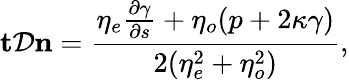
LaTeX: \mathbf{t}\mathcal{D}\mathbf{n}=\frac{\eta_{e}\frac{\partial\gamma}{\partial s}+\eta_{o}(p+2\kappa\gamma)}{2(\eta_{e}^{2}+\eta_{o}^{2})},